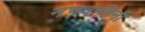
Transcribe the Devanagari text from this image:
नभवाहिनी